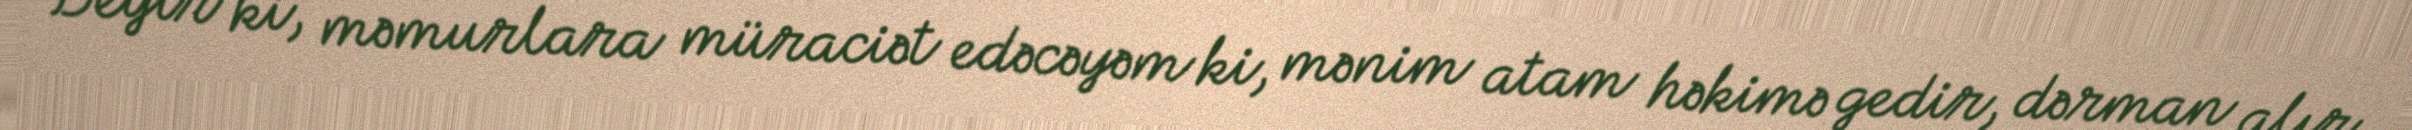
Deyir ki, məmurlara müraciət edəcəyəm ki, mənim atam həkimə gedir, dərman alır,